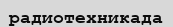
радиотехникада